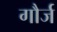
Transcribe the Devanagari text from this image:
गौर्ज